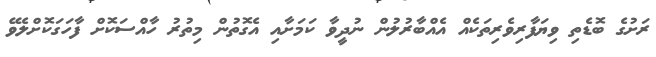
ރަށުގެ ބޮޑެތި ވިޔަފާރިވެރިތަކެއް އެއްބާރުލުން ނުދީވާ ކަމަށާއި އެގޮތުން މިތުރު ހާއްސަކޮށް ފާހަގަކޮށްލެވޭ